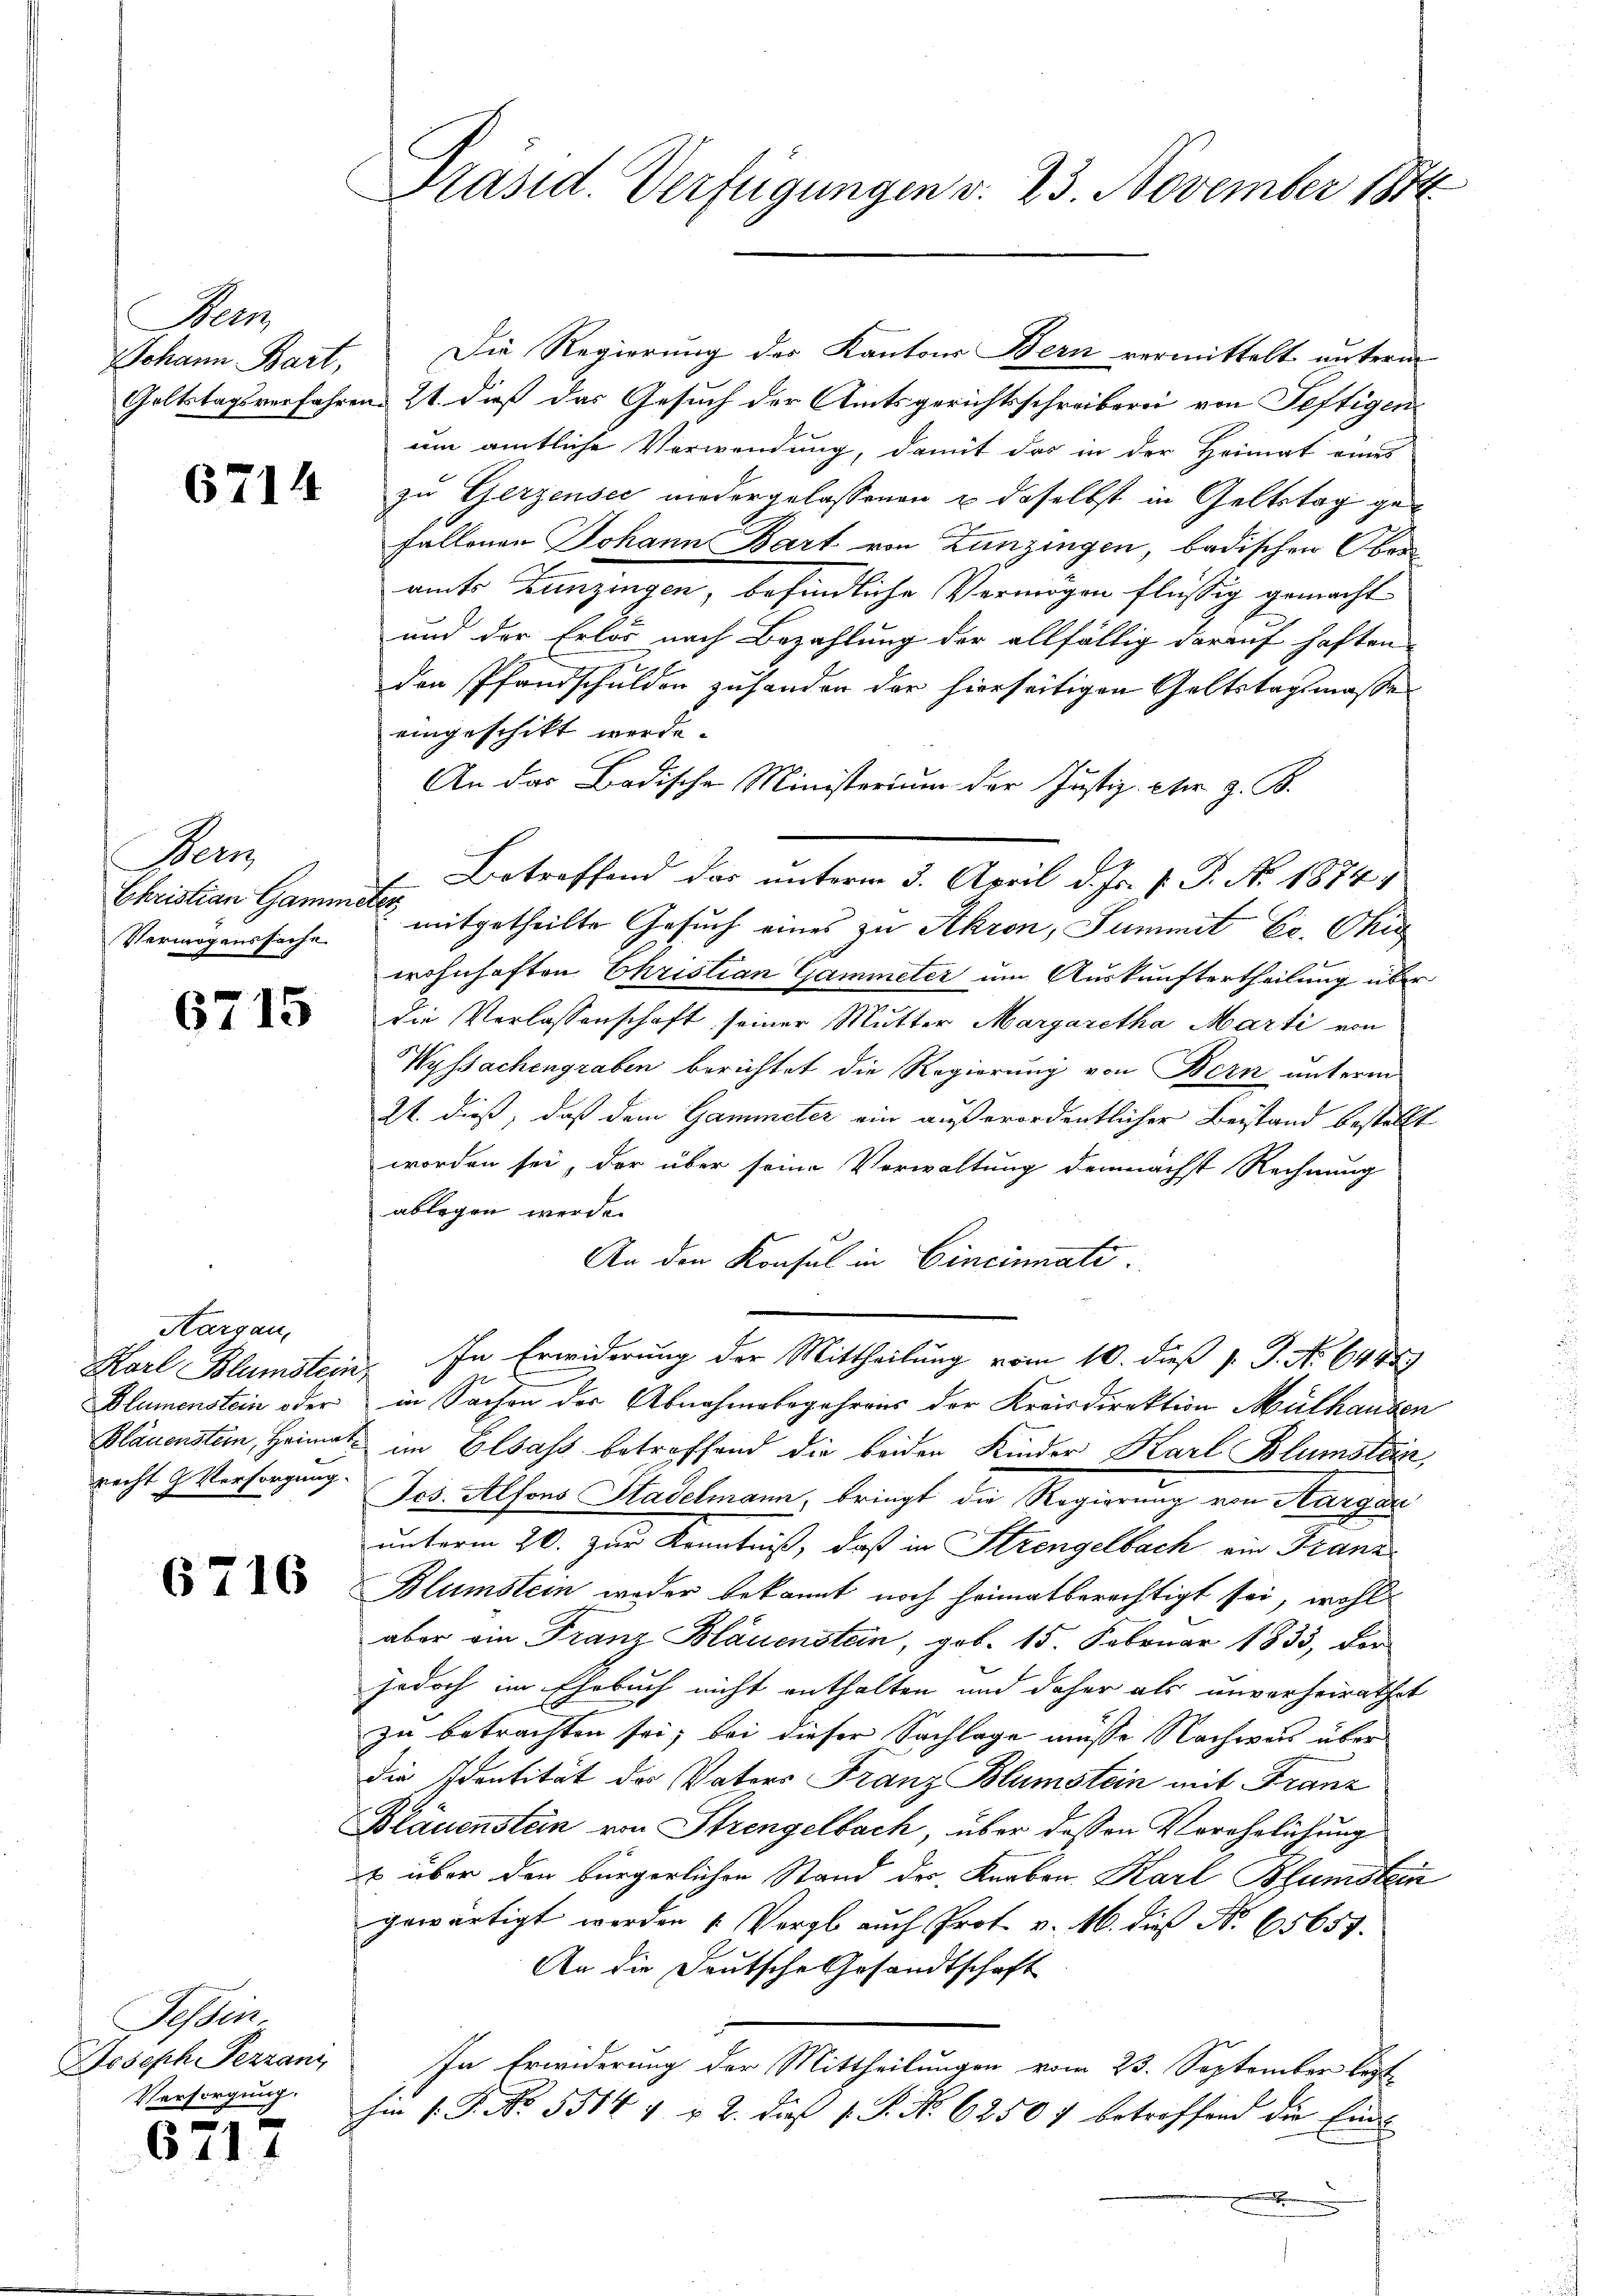
Bern
Johann Bart,

6714

Bern
Christian Gammeter
Vermögenssache

6715

Hargau,
Blamenstein oder
recht Versorgung.

6716

Tessin,
Joseph Pezzan
Versorgung.

f
671.

Präsid. Verfügungen v. 23. November 1874

Die Regierung des Kantons Bern vermittelt unterm
Goltstagsverfahren 21. dieß das Gesuch der Amtsgerichtsschreiberei von Seftigen
um amtliche Verwendung, damit das in der Heimat eines
zu Gerzensee niedergelassenen u daselbst in Geltstag ge¬
Fallenen Johann Bart von Zunzingen, badischen Oberamts Bunzingen, befindliche Vermögen flüssig gemacht
und der Erlös nach Bezahlung der allfällig darauf haften
den Pfandschulden zuhanden der hierseitigen Geltstagsmasse
eingeschikt werde.
An das Badische Ministerium der Justiz- cter z. B.
 Betreffend das unterm 3. April d. Js. f. P. No. 1874.
mitgetheilte Gesuch eines zu Akron, Summit Er. Chir
wohnhaften Christian Gammeter um Auskunftertheilung über
die Verlassenschaft seiner Mutter Margaretha Marti von
Wyssachengraben berichtet die Regierung von Bern unterm
21. dieß, daß dem Gammeter ein außerordentlicher Beistand bestellt
worden sei, der über seine Vorwaltung demnächst Rechnung
ablegen werde.
An den Konsul in Cincinati
Karl Blumstein. In Erwiderung der Mittheilung vom 10. dieß P. J. No 6445
in Sachen der Abnahmebegehrens der Kreisdirektion Mülhausen
Bläuenstein, Heimat im Elsass betreffend die beiden Kinder Karl Blumstän
Jos. Alfons Stadelmann, bringt die Regierung von Aargar
unterm 20. zur Kenntniß, daß in Strengelbach ein Franz
Blumstein weder bekannt noch heimatberechtigt sei, wohl
aber ein Franz Bläuenstein, geb. 15. Februar 1833, der
jedoch im Ehrbuch nicht enthalten und daher als unverheirathet
zu betrachten sei; bei dieser Sachlage müsse Nachwas über
die Identität des Vaters Franz Blumstein mit Franz
Blauensten von Strengelbach, über dessen Verehelichung
x über den bürgerlichen Stand der Knaben Karl Blumstein
gewärtigt werden (: Vergl. auch Prof. v. M. dieß Nr. 65657.
An die Deutsche Gesandtschaft
In Erwiderung der Mittheilungen vom 23. September let
hin 1. P. No. 5514 4 u. 2. dieß s. S. No 62504 betroffend die Eine
.
wand